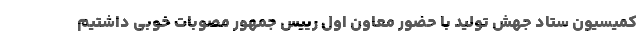
کمیسیون ستاد جهش تولید با حضور معاون اول رییس جمهور مصوبات خوبی داشتیم